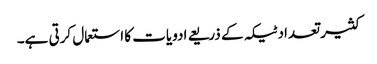
کثیر تعداد ٹیکہ کے ذریعے ادویات کا استعمال کرتی ہے۔